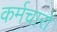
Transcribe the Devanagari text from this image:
कर्मचारों